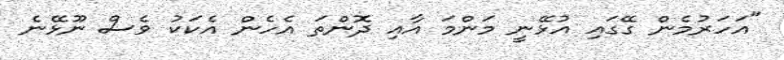
"އަހަރުމެން ގޭގައި އުޅޭނީ މަންމަ އާއި ދޮންތަ އެހެން އެކަކު ވެސް ނޫޅޭނެ